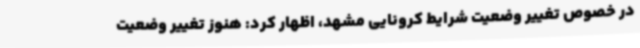
در خصوص تغییر وضعیت شرایط کرونایی مشهد، اظهار کرد: هنوز تغییر وضعیت